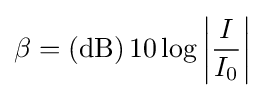
\beta =\left(\mathrm {dB} \right)10\log \left|{\frac {I}{I_{0}}}\right|\,\!